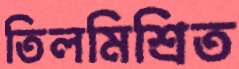
তিলমিশ্রিত